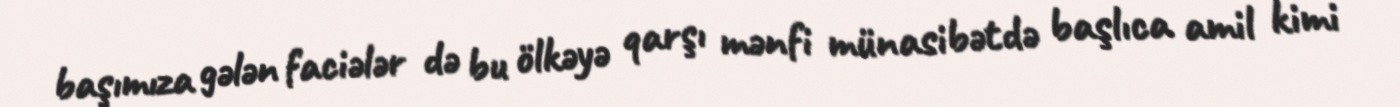
başımıza gələn faciələr də bu ölkəyə qarşı mənfi münasibətdə başlıca amil kimi